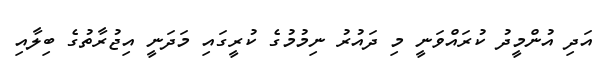
އަދި އުންމީދު ކުރައްވަނީ މި ދައުރު ނިމުމުގެ ކުރީގައި މަދަނީ އިޖުރާތުގެ ބިލާއި